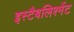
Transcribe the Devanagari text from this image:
इस्टैबलिश्मेंट